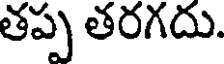
తప్ప తరగదు.